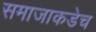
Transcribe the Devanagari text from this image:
समाजाकडेच